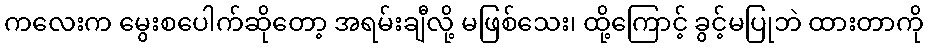
ကလေးက မွေးစပေါက်ဆိုတော့ အရမ်းချီလို့ မဖြစ်သေး၊ ထို့ကြောင့် ခွင့်မပြုဘဲ ထားတာကို